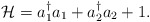
\begin{align*}\mathcal{H}=a_1^{\dagger}a_1+a_{2}^{\dagger}a_2+1.\end{align*}